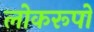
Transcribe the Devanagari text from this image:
लोकरूपों